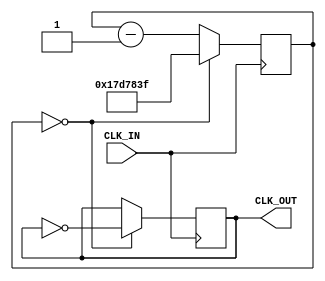
module clock_divider (CLK_IN, CLK_OUT);
    input CLK_IN;
    output reg CLK_OUT;

    reg [24:0] counter;

    initial
    begin
        counter = 0;
        CLK_OUT = 0;
    end
    
    always @ (posedge CLK_IN)
    begin
        if (counter == 0)
        begin
            counter <= 25'd24999999;
            CLK_OUT <= ~CLK_OUT;
        end
        else
            counter <= counter - 25'd1;
    end

endmodule